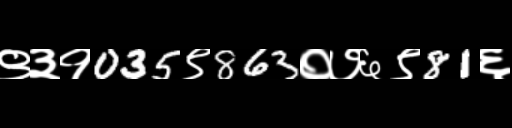
Text: ९३१035९863०७६९81६